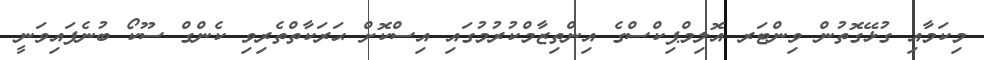
މިކަމާއި ގުޅޭގޮތުން ވިންޓަރ އޮލިމްޕިކްސްގެ އިންތިޒާމްކުރުމުގައި އިސްކޮށް ޙަރަކާތްތެރިވި ކެންގް ސޫކޯ ބުނެފައިވަނީ